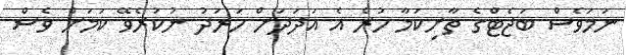
ނަމަވެސް ބަޖެޓްގެ ތާށިކަމާ ހުރެ އެ އަދަދަށް ހަރަދު ނުކުރެވޭ ކަމަށް ވެސް